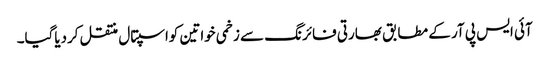
آئی ایس پی آر کے مطابق بھارتی فائرنگ سے زخمی خواتین کواسپتال منتقل کردیاگیا۔